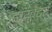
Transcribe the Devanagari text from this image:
डाय्र्क्टर